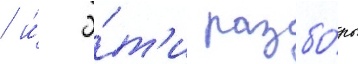
/ и́ э́т'и разбо́ры